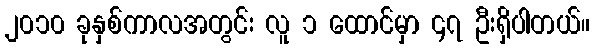
၂၀၁၀ ခုနှစ်ကာလအတွင်း လူ ၁ ထောင်မှာ ၄၇ ဦးရှိပါတယ်။